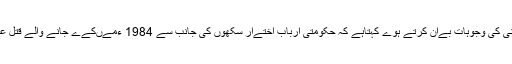
سنی ہنڈال ”دی گلف ٹوڈے “ مےں بھارتی رےاست کے خفےہ کار پردازوں کی بے چےنی کی وجوہات بےان کرتے ہوے کہتاہے کہ حکومتی اربابِ اختےار سکھوں کی جانب سے 1984 ءمےںکےے جانے والے قتل عام کے سلسلہ مےں انصاف کے مطالبہ کو دراصل علےحدگی پسندی کا مطالبہ کہتی ہے ۔